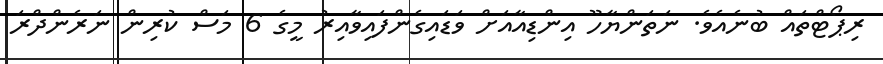
ރިޕޯޓްތައް ބުނެއެވެ. ނަތަންޔާހޫ އިންޑިއާއަށް ވަޑައިގެންފައިވާއިރު މީގެ 6 މަސް ކުރިން ނަރެންދްރަ